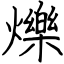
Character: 爍